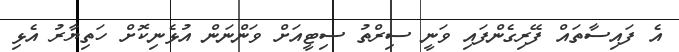
އެ ފައިސާތައް ފޭރިގެންފައި ވަނީ ސިރްތު ސިޓީއަށް ވަންނަން އުޅެނިކޮށް ހަތިޔާރު އެޅި